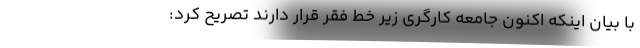
با بیان اینکه اکنون جامعه کارگری زیر خط فقر قرار دارند تصریح کرد: